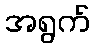
အရွက်